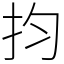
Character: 抣